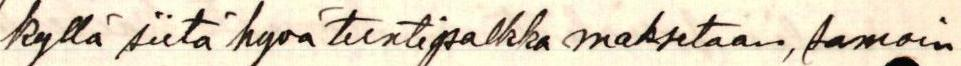
kyllä siitä hyvä tuntipalkka maksetaan, samoin